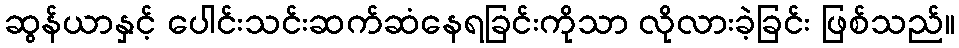
ဆွန်ယာနှင့် ပေါင်းသင်းဆက်ဆံနေရခြင်းကိုသာ လိုလားခဲ့ခြင်း ဖြစ်သည်။